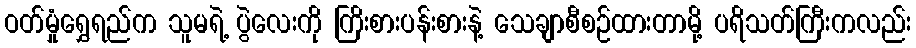
ဝတ်မှုံရွှေရည်က သူမရဲ့ ပွဲလေးကို ကြိးစားပန်းစားနဲ့ သေချာစီစဉ်ထားတာမို့ ပရိသတ်ကြီးကလည်း